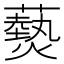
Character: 𤑔